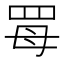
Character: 𦊏